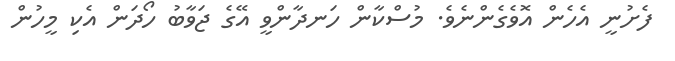
ފެށުނީ އެހެން އޮވެގެންނެވެ. މުސްކާން ހަނދާންވީ އޭގެ ޖަވާބު ހޯދަން އެކި މީހުން